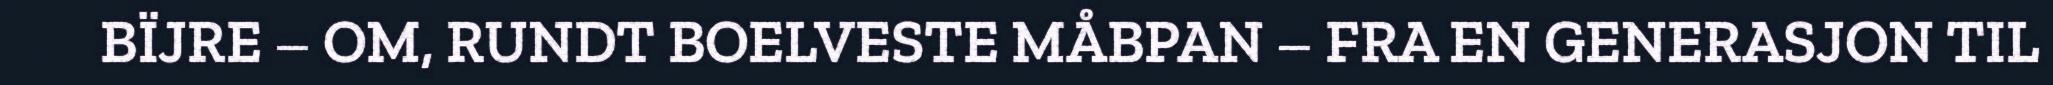
BÏJRE – OM, RUNDT BOELVESTE MÅBPAN – FRA EN GENERASJON TIL